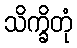
သိက္ခိတုံ